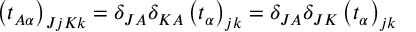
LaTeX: \left( t _ { A \alpha } \right) _ { J j K k } = \delta _ { J A } \delta _ { K A } \left( t _ { \alpha } \right) _ { j k } = \delta _ { J A } \delta _ { J K } \left( t _ { \alpha } \right) _ { j k }